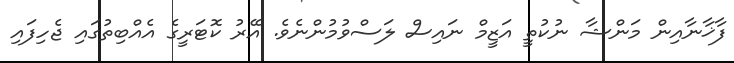
ފާޚާނާއިން މަންޝާ ނުކުތީ އަޒީމް ނައިސް ލަސްވުމުންނެވެ. އޭރު ކޮޓަރީގެ އެއްބިތުގައި ޖެހިފައި